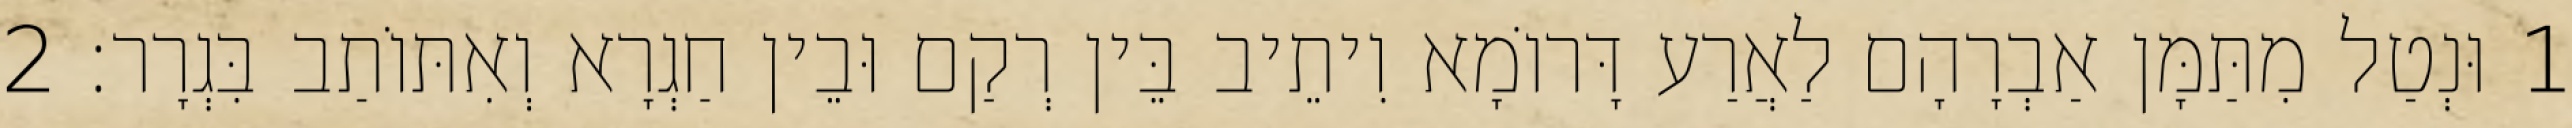
1 וּנְטַל מִתַּמָּן אַבְרָהָם לַאֲרַע דָּרוֹמָא וִיתֵיב בֵּין רְקַם וּבֵין חַגְרָא וְאִתּוֹתַב בִּגְרָר׃ 2